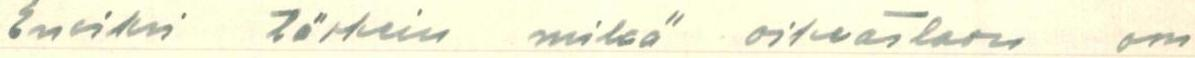
Ensiksi tärkein mikä oikeastaan on